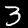
Label: 3